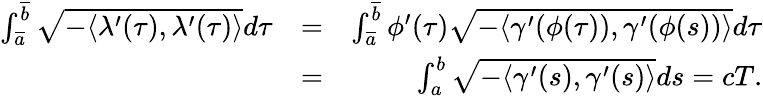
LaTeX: \begin{array}{rlr}{\int_{\overline{{a}}}^{\overline{{b}}}\sqrt{-\langle\lambda^{\prime}(\tau),\lambda^{\prime}(\tau)\rangle}d\tau}&{=}&{\int_{\overline{{a}}}^{\overline{{b}}}\phi^{\prime}(\tau)\sqrt{-\langle\gamma^{\prime}(\phi(\tau)),\gamma^{\prime}(\phi(s))\rangle}d\tau}\\ &{=}&{\int_{a}^{b}\sqrt{-\langle\gamma^{\prime}(s),\gamma^{\prime}(s)\rangle}ds=cT.}\end{array}